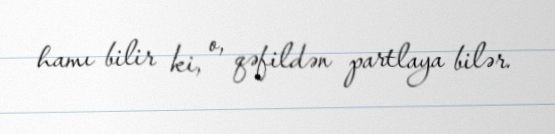
hamı bilir ki, o, qəfildən partlaya bilər.